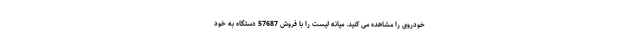
خودروی را مشاهده می کنید. میانه لیست را با فروش 57687 دستگاه به خود